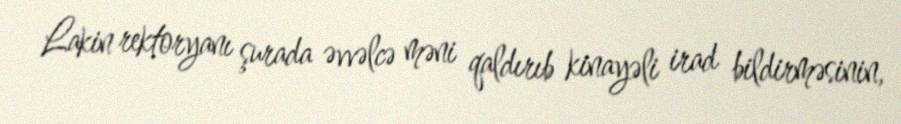
Lakin rektoryanı şurada əvvəlcə məni qaldırıb kinayəli irad bildirməsinin,